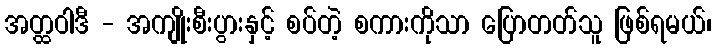
အတ္ထဝါဒီ - အကျိုးစီးပွားနှင့် စပ်တဲ့ စကားကိုသာ ပြောတတ်သူ ဖြစ်ရမယ်၊